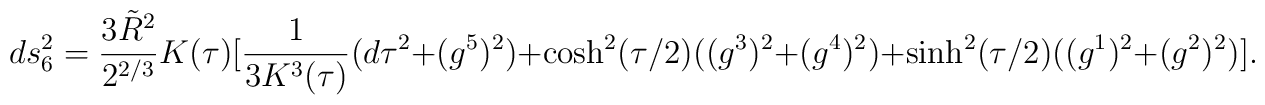
ds_6^2 = {3{\tilde R}^2 \over 2^{2/3}}K(\tau)[{1 \over 3 K^3(\tau)}(d\tau^2+(g^5)^2)+\cosh^2(\tau/2)((g^3)^2+(g^4)^2)+\sinh^2(\tau/2)((g^1)^2+(g^2)^2)].